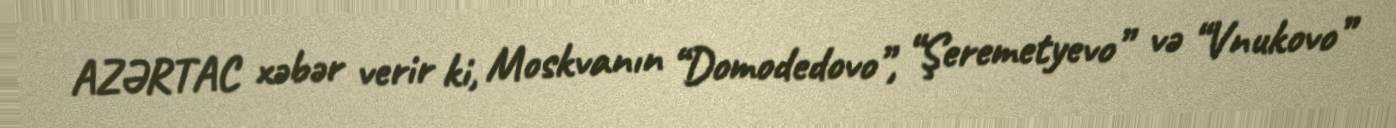
AZƏRTAC xəbər verir ki, Moskvanın “Domodedovo”, “Şeremetyevo” və “Vnukovo”